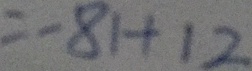
= - 8 1 + 1 2